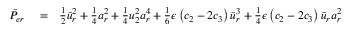
\begin{array} { r l r } { \bar { P } _ { e r } } & { { } = } & { \frac { 1 } { 2 } \bar { u } _ { r } ^ { 2 } + \frac { 1 } { 4 } a _ { r } ^ { 2 } + \frac { 1 } { 4 } u _ { 2 } ^ { 2 } a _ { r } ^ { 4 } + \frac { 1 } { 6 } \epsilon \left( c _ { 2 } - 2 c _ { 3 } \right) \bar { u } _ { r } ^ { 3 } + \frac { 1 } { 4 } \epsilon \left( c _ { 2 } - 2 c _ { 3 } \right) \bar { u } _ { r } a _ { r } ^ { 2 } } \end{array}